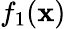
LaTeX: f_{1}(\mathbf{x})